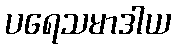
ပရေသမာဒါယ